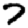
Digit: 7